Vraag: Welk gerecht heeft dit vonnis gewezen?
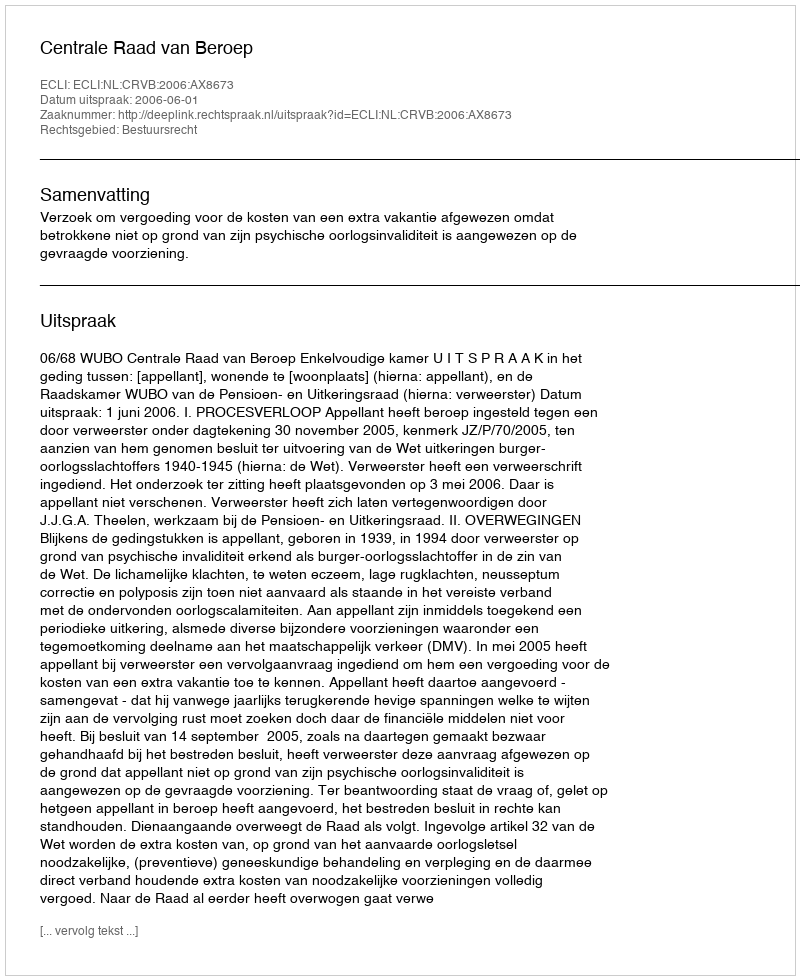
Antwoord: Centrale Raad van Beroep